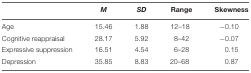
<table><thead><tr><td></td><td><b><i>M</i></b></td><td><b><i>SD</i></b></td><td><b>Range</b></td><td><b>Skewness</b></td></tr></thead><tbody><tr><td>Age</td><td>15.46</td><td>1.88</td><td>12–18</td><td>-0.10</td></tr><tr><td>Cognitive reappraisal</td><td>28.17</td><td>5.92</td><td>8–42</td><td>-0.07</td></tr><tr><td>Expressive suppression</td><td>16.51</td><td>4.54</td><td>6–28</td><td>0.15</td></tr><tr><td>Depression</td><td>35.85</td><td>8.83</td><td>20–68</td><td>0.87</td></tr></tbody></table>